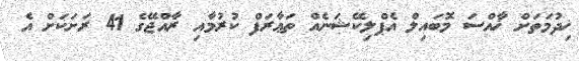
ޚިދުމަތަށް ޚާއްސަ މޮބައިލް އެޕްލިކޭޝަނެއް ތަޢާރަފް ކުރުމާއި ރާއްޖޭގެ 41 ރަށަކަށް އެ